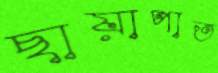
ছায়াপাত